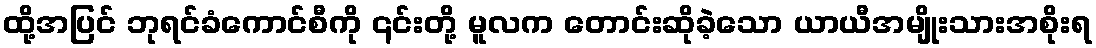
ထို့အပြင် ဘုရင်ခံကောင်စီကို ၎င်းတို့ မူလက တောင်းဆိုခဲ့သော ယာယီအမျိုးသားအစိုးရ